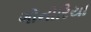
ગોનોરિયા